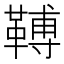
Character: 𩌏